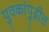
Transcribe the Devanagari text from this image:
युवकांपुढील